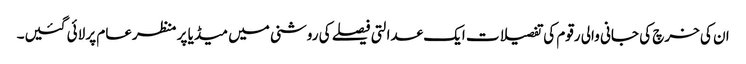
ان کی خرچ کی جانی والی رقوم کی تفصیلات ایک عدالتی فیصلے کی روشنی میں میڈیا پر منظرعام پر لائی گئیں۔